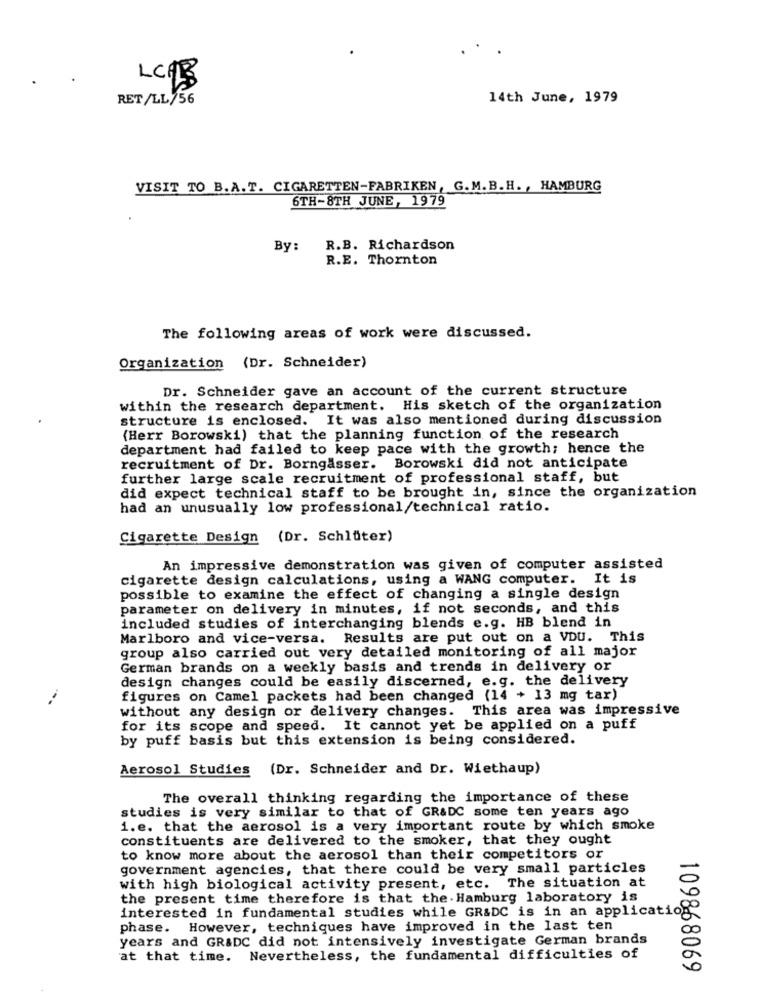
LCAB
RET/LL/56
14th June, 1979
VISIT TO B.A.T. CIGARETTEN-FABRIKEN, G.M.B.H. , HAMBURG
6TH-8TH JUNE, 1979
By:
R.B. Richardson
R.E. Thornton
The following areas of work were discussed.
Organization (Dr. Schneider)
Dr. Schneider gave an account of the current structure
within the research department. His sketch of the organization
structure is enclosed. It was also mentioned during discussion
(Herr Borowski) that the planning function of the research
department had failed to keep pace with the growth; hence the
recruitment of Dr. Borngasser. Borowski did not anticipate
further large scale recruitment of professional staff, but
did expect technical staff to be brought in, since the organization
had an unusually low professional/technical ratio.
Cigarette Design (Dr. Schlüter)
An impressive demonstration was given of computer assisted
cigarette design calculations, using a WANG computer. It is
possible to examine the effect of changing a single design
parameter on delivery in minutes, if not seconds, and this
included studies of interchanging blends e.g. HB blend in
Marlboro and vice-versa. Results are put out on a VDU. This
group also carried out very detailed monitoring of all major
German brands on a weekly basis and trends in delivery or
design changes could be easily discerned, e.g. the delivery
figures on Camel packets had been changed (14 + 13 mg tar)
without any design or delivery changes. This area was impressive
for its scope and speed. It cannot yet be applied on a puff
by puff basis but this extension is being considered.
Aerosol Studies (Dr. Schneider and Dr. Wiethaup)
The overall thinking regarding the importance of these
studies is very similar to that of GR&DC some ten years ago
1.e. that the aerosol is a very important route by which smoke
constituents are delivered to the smoker, that they ought
to know more about the aerosol than their competitors or
government agencies, that there could be very small particles
with high biological activity present, etc. The situation at
the present time therefore is that the . Hamburg laboratory is
interested in fundamental studies while GR&DC is in an application
phase.
However, techniques have improved in the last ten
years and GR&DC did not intensively investigate German brands
at that time.
Nevertheless, the fundamental difficulties of
109868069